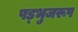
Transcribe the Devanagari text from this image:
षड्भुजरूप